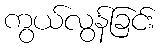
ကွယ်လွန်ခြင်း